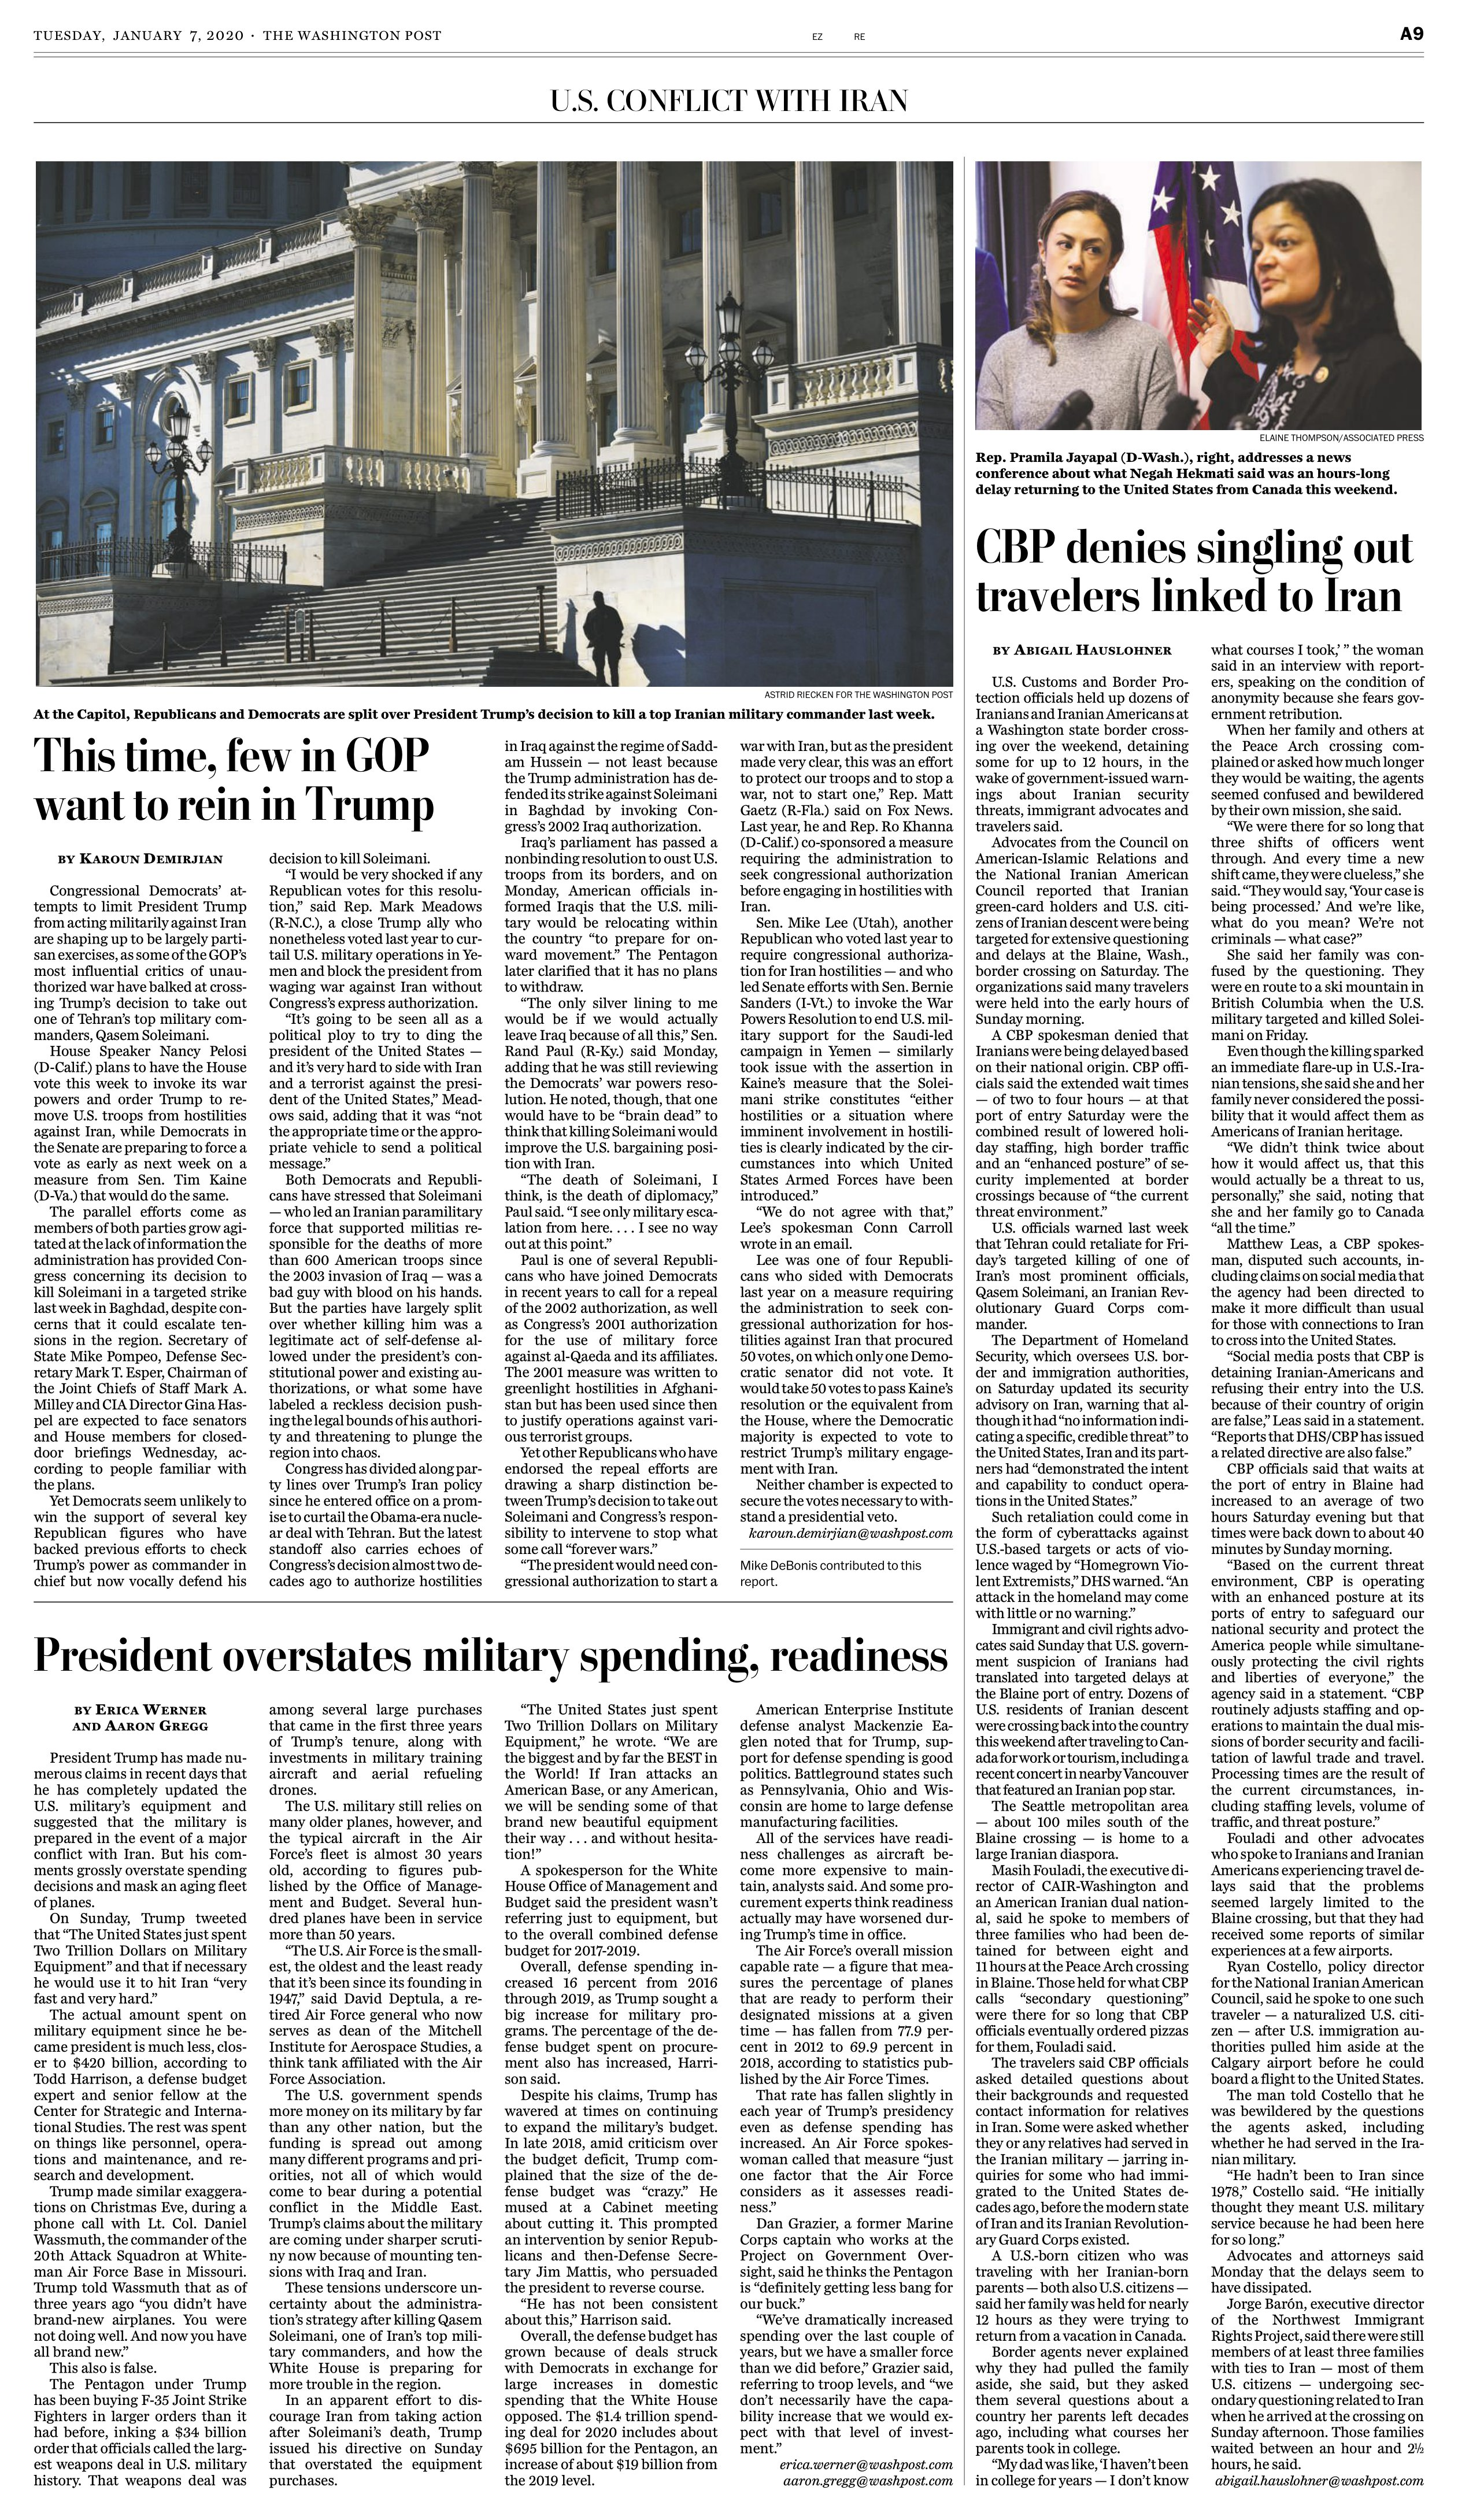
Language: en